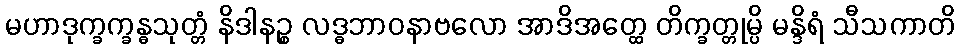
မဟာဒုက္ခက္ခန္ဓသုတ္တံ နိဒါနဉ္စ လဒ္ဓဘာဝနာဗလော အာဒိအတ္ထေ တိက္ခတ္တုမ္ပိ မန္ဒိရံ သီသကာတိ